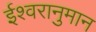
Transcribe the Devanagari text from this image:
ईश्वरानुमान